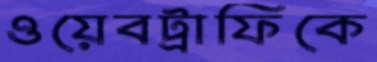
ওয়েবট্রাফিকে